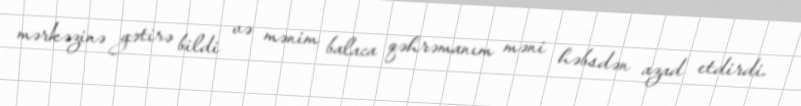
mərkəzinə gətirə bildi və mənim balaca qəhrəmanım məni həbsdən azad etdirdi.